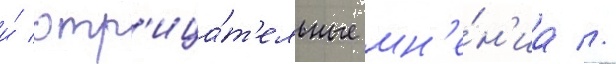
и́ отр'ица́т'ельные мн'е́н'иа //